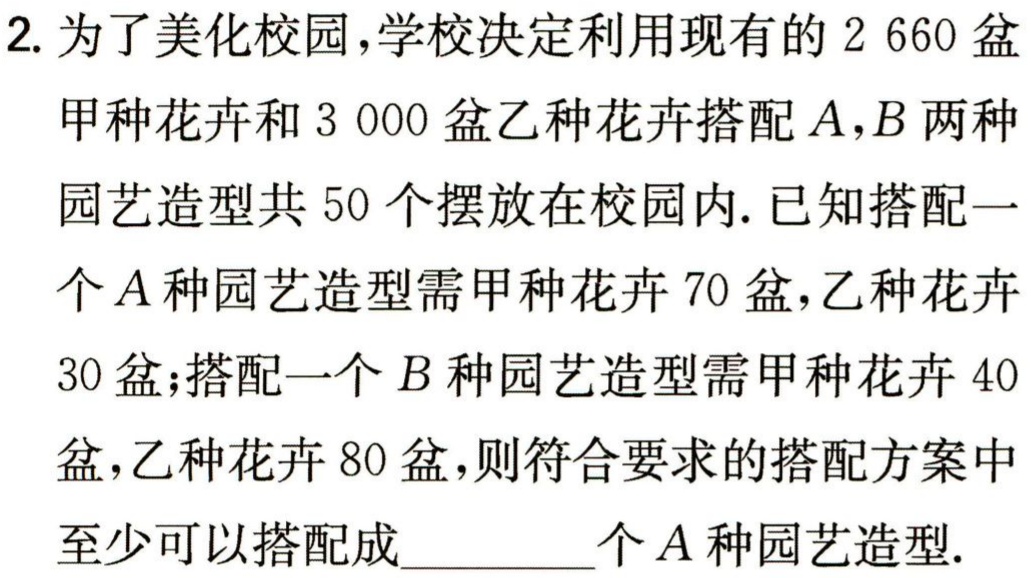
2. 为了美化校园，学校决定利用现有的 \(2660\) 盆甲种花卉和 \(3000\) 盆乙种花卉搭配 \(A,B\) 两种园艺造型共 \(50\) 个摆放在校园内. 已知搭配一个 \(A\) 种园艺造型需甲种花卉 \(70\) 盆，乙种花卉 \(30\) 盆；搭配一个 \(B\) 种园艺造型需甲种花卉 \(40\) 盆，乙种花卉 \(80\) 盆，则符合要求的搭配方案中至少可以搭配成__________个 \(A\) 种园艺造型.